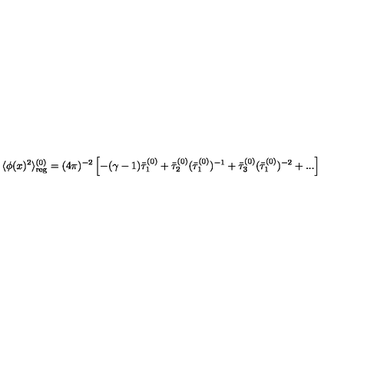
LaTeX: \langle \phi ( x ) ^ { 2 } \rangle _ { \mathrm { r e g } } ^ { ( 0 ) } = ( 4 \pi ) ^ { - 2 } \left[ - ( \gamma - 1 ) \bar { \tau } _ { 1 } ^ { ( 0 ) } + \bar { \tau } _ { 2 } ^ { ( 0 ) } ( \bar { \tau } _ { 1 } ^ { ( 0 ) } ) ^ { - 1 } + \bar { \tau } _ { 3 } ^ { ( 0 ) } ( \bar { \tau } _ { 1 } ^ { ( 0 ) } ) ^ { - 2 } + . . . \right]